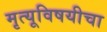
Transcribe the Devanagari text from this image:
मृत्यूविषयीचा